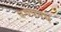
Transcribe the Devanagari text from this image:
बचपनमे